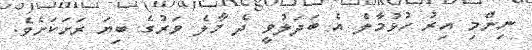
ނިންމި އިރު ހުޅުމާލެ އެ ބަދަލުވީ ދެ މާލެ ވަރުގެ ބިޔަ ރަށަކަށެވެ.